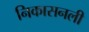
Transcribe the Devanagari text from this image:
निकासनली